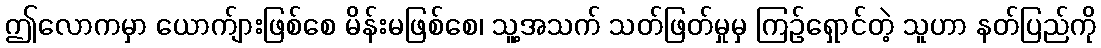
ဤလောကမှာ ယောက်ျားဖြစ်စေ မိန်းမဖြစ်စေ၊ သူ့အသက် သတ်ဖြတ်မှုမှ ကြဉ်ရှောင်တဲ့ သူဟာ နတ်ပြည်ကို